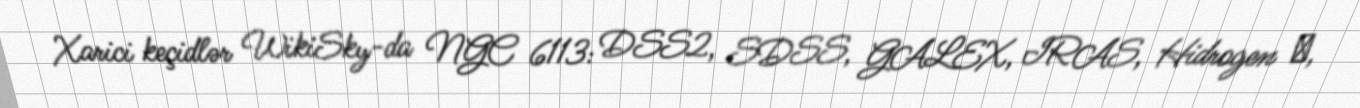
Xarici keçidlər WikiSky-da NGC 6113: DSS2, SDSS, GALEX, IRAS, Hidrogen α,